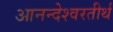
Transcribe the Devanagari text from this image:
आनन्देश्वरतीर्थ